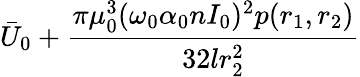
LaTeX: \bar{U}_{0}+\frac{\pi\mu_{0}^{3}(\omega_{0}\alpha_{0}nI_{0})^{2}p(r_{1},r_{2})}{32lr_{2}^{2}}